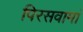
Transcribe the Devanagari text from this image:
पिरसवामां